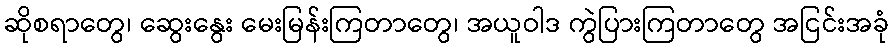
ဆိုစရာတွေ၊ ဆွေးနွေး မေးမြန်းကြတာတွေ၊ အယူဝါဒ ကွဲပြားကြတာတွေ အငြင်းအခုံ